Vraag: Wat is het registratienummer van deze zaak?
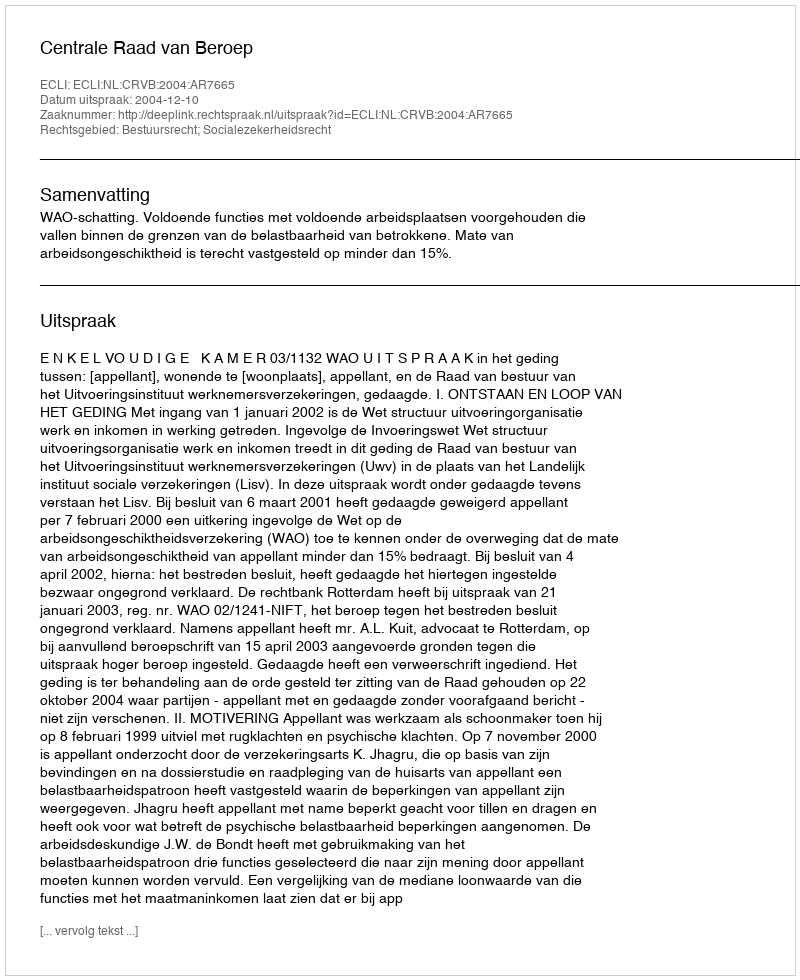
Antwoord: http://deeplink.rechtspraak.nl/uitspraak?id=ECLI:NL:CRVB:2004:AR7665